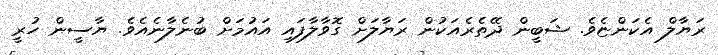
ރަޔާލް އެކަންޏެވެ. ޝަބީން ދޭތެރެއަކުން ރަޔާލަށް ގޮވާލާފައި އައުމަށް ބުނެލާނެއެވެ. ޔާސީން ހުރީ